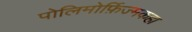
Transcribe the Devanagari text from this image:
पोलिमोर्फ़िज्मकहा